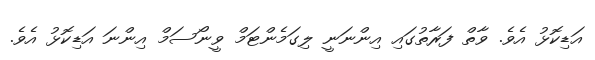
އަޑިކޮޅު އެވެ. ވާތް ފަރާތުގައި އިންނަނީ ލިގަމެންޓަމް ވީނޯސަމް އިންނަ އަޑިކޮޅު އެވެ.